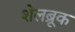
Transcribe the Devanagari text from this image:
शेलब्रूक